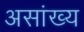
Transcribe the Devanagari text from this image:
असांख्य